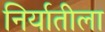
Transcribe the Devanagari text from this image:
निर्यातीला